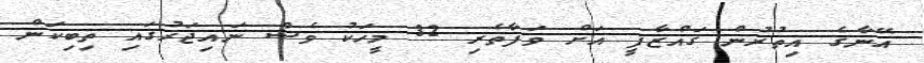
އޭނާގެ އިތުރުން ގައްޒާފީ އަށް ވަފާތެރި 32 މީހަކު ވެސް ނައިޖަރުގައި ތިބިކަން